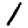
Digit: 1